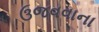
ઉજવવાના